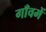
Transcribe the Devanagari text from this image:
गाँवमें